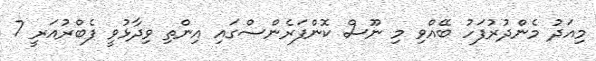
މިއަދު މެންދުރުފަހު ބޭއްވި މި ނޫސް ކޮންފަރެންސްގައި އިންތި ވިދާޅުވީ ފެބްރުއަރީ 7